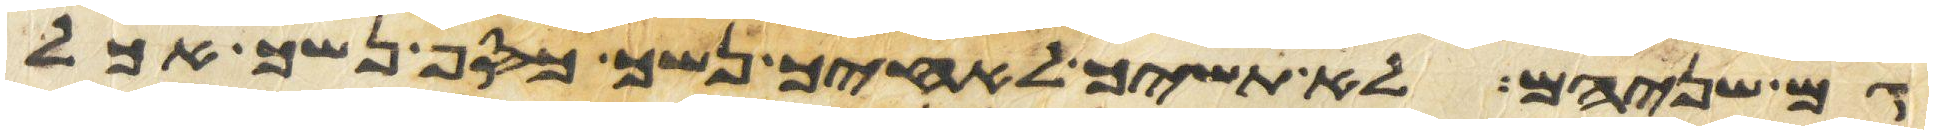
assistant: גם שניהם לא תשיך לאחיך נשך כסף נשך אכל